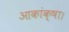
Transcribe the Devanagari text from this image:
आकांक्षा।